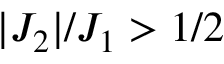
| J _ { 2 } | / J _ { 1 } > 1 / 2